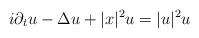
\begin{align*}i \partial_t u - \Delta u + |x|^2 u = |u|^2 u\end{align*}